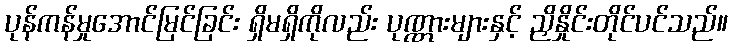
ပုန်ကန်မှုအောင်မြင်ခြင်း ရှိမရှိကိုလည်း ပုဏ္ဏားများနှင့် ညှိနှိုင်းတိုင်ပင်သည်။